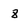
Character: 8